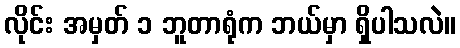
လိုင်း အမှတ် ၁ ဘူတာရုံက ဘယ်မှာ ရှိပါသလဲ။